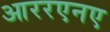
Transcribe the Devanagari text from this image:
आररएनए